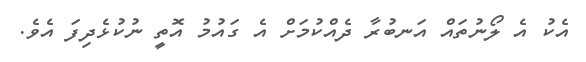
އެކު އެ ލޯނުތައް އަނބުރާ ދެއްކުމަށް އެ ގައުމު އޮތީ ނުކުޅެދިފަ އެވެ.